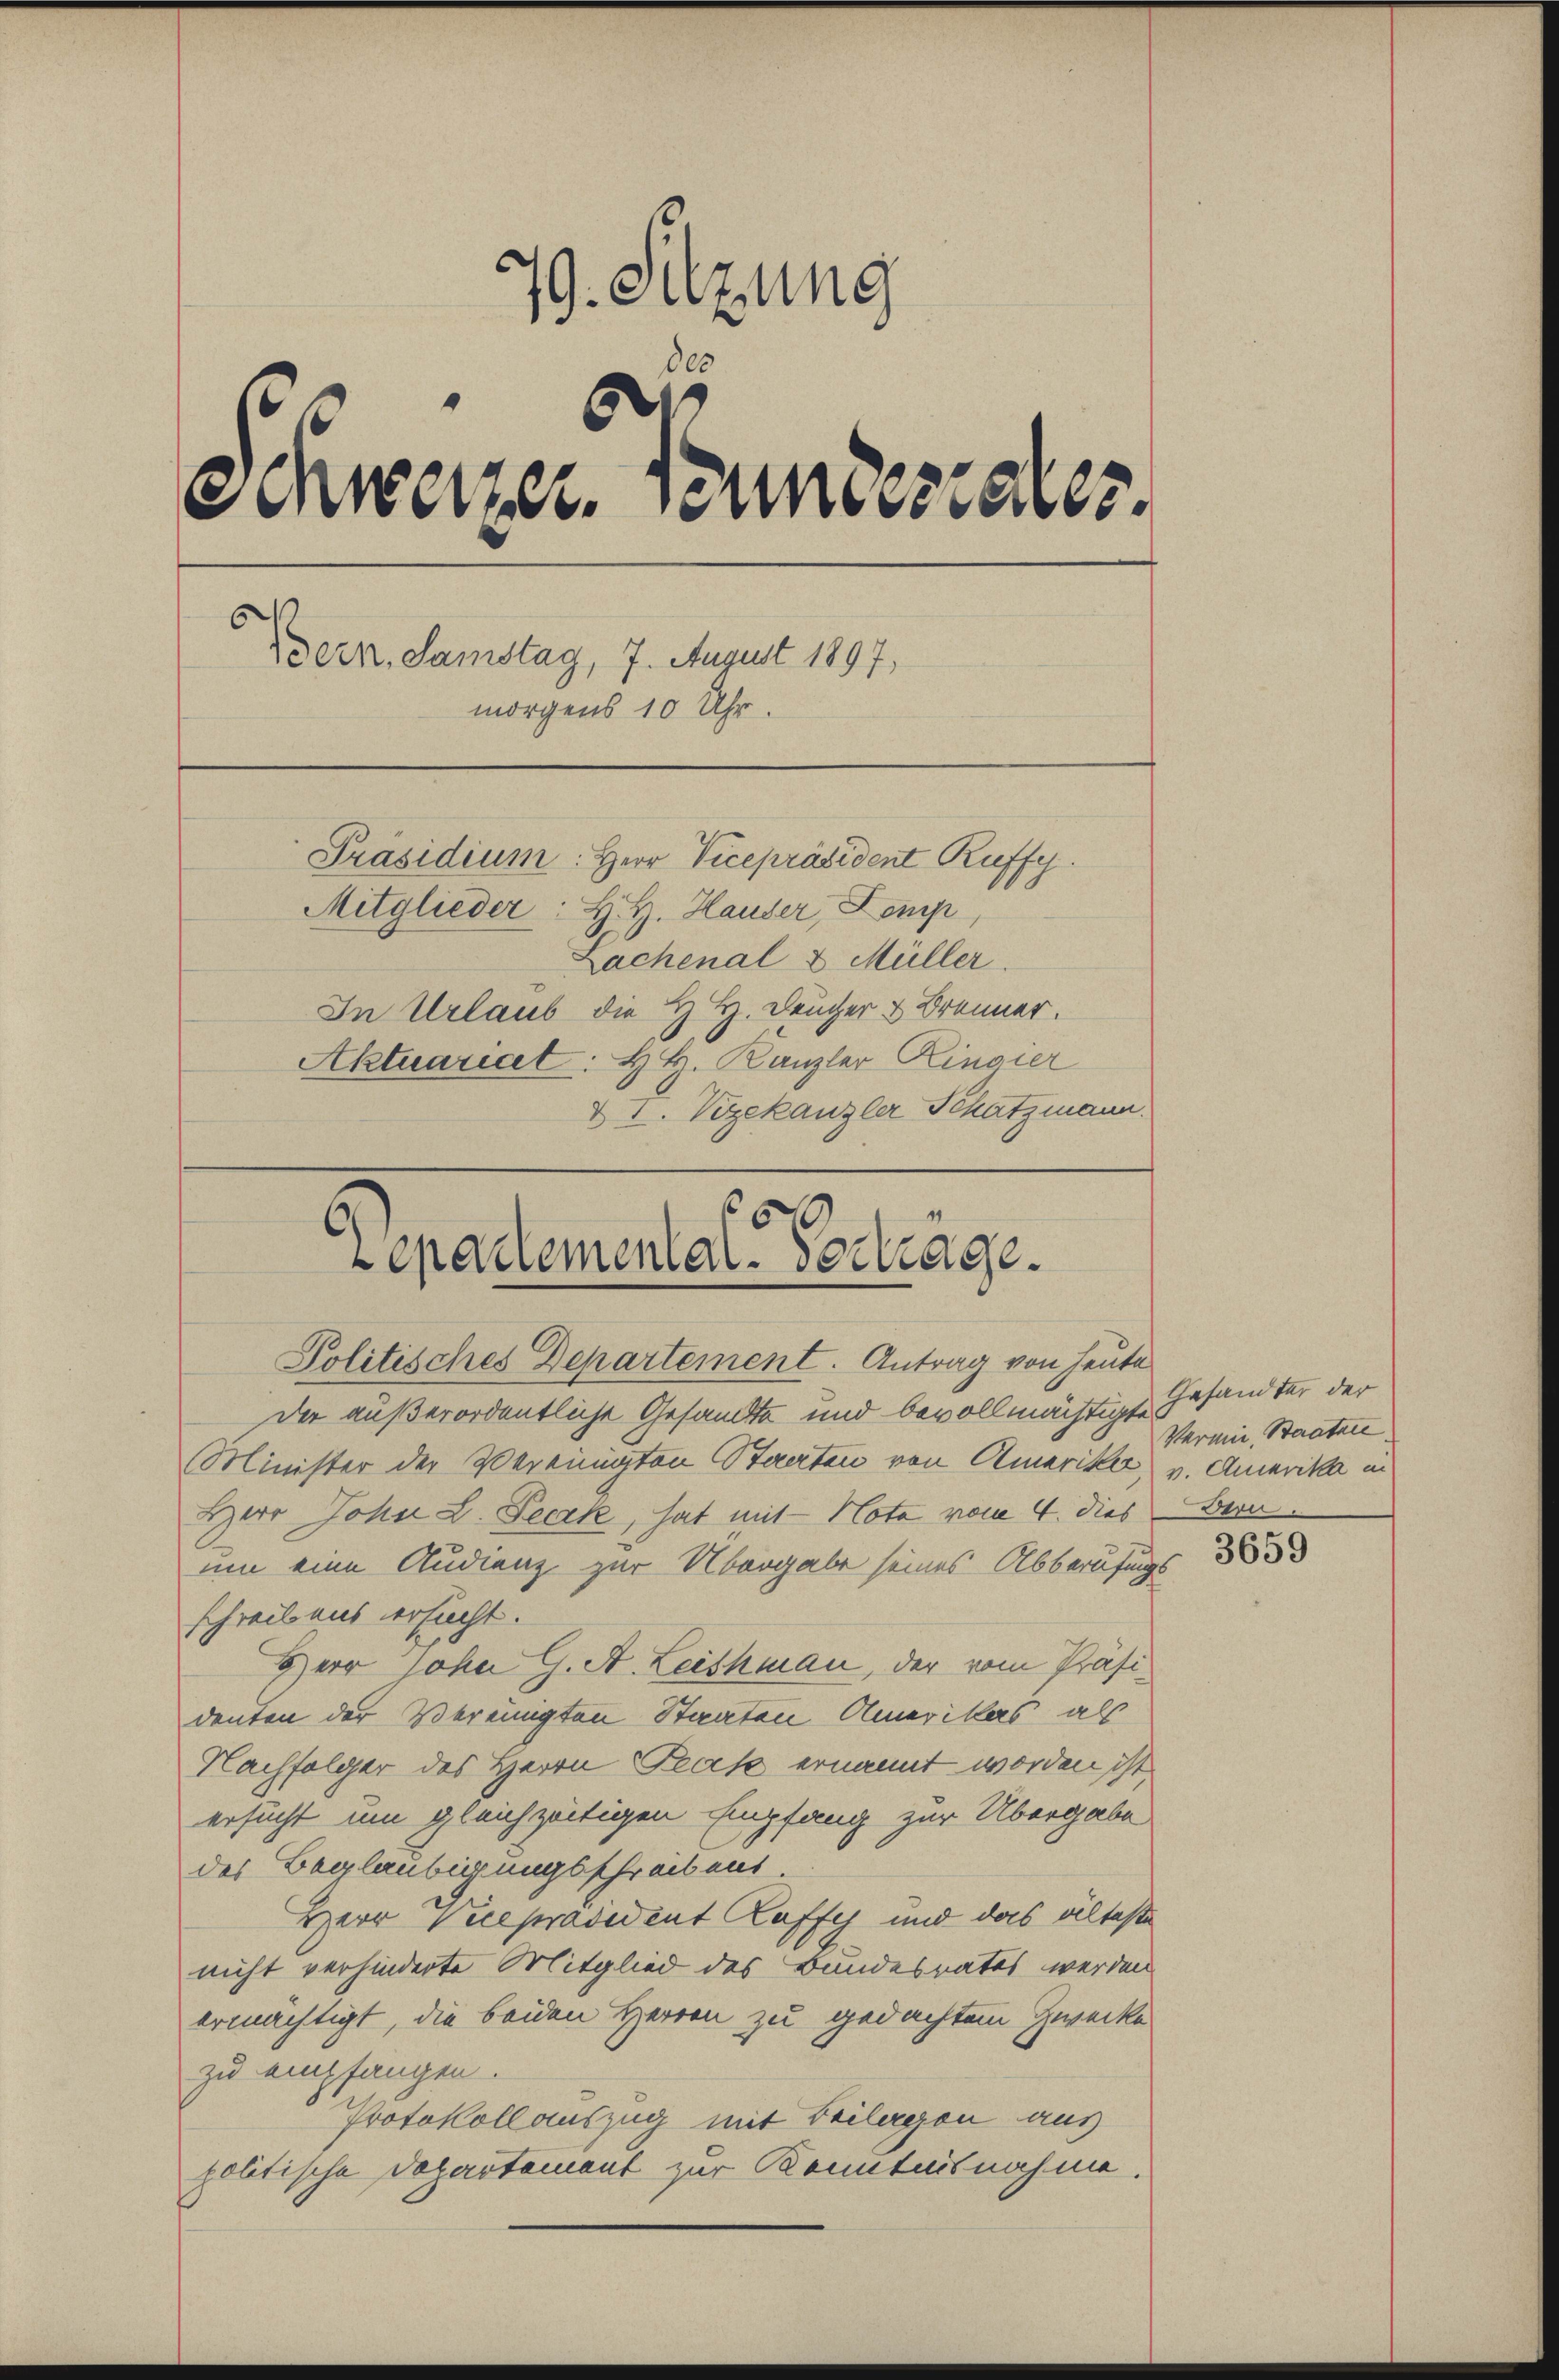
79. Sitzung
0
e
Schweizer. Bundesteres.
Bern, Samstag, 7. August 1897,
morgens 10 Uhr.
Präsidium: Herr Vicepräsident Ruffy.
Mitglieder: H. H. Hauser, Komp
Lachenal & Müller
In Urlaub die H. H. Deucher & Brenner.
Aktuariat: H. H. Kanzler Ringier
& I. Vizekanzler Schatzmann.

60
Departemental-Vertrage.
Politisches Departement. Antrag von Heute

Der außerordentliche Gesandte und bevollmächtigte
Minister der Vereinigten Staaten von Amerika, v. Amerika in
Herr John L. Teck, hat mit Nota vom 4. dies Bern
um eine Studienz zur Übergabe seines Abberufungsschreibens ersucht.
Herr John G. A. Leisman, der vom Präsi-
denten der Vereinigten Staaten Amerikas, als
Nachfolger des Herrn Pras ernannt worden ist,
ersucht um gleichzeitigen Empfang zur Übergabe
des Beglaubigungsschreib aus
Herr Vicepräsident Raffy und das älteste
nicht verhinderte Mitglied des Bandesrates werden
ermächtigt, die beiden Herren zu gedachtem Zwecke
zu empfangen.
Protokoll auszug mit Teilergon aus
politische Departement zur Kenntnisnahme.

Gesandter der
Vermine, Staaten

3659